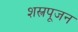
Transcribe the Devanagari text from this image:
शस्त्रपूजन